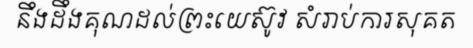
នឹងដឹងគុណដល់ព្រះយេស៊ូវ សំរាប់ការសុគត